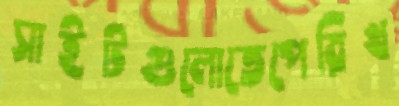
সাইটগুলোতেপেরিখ